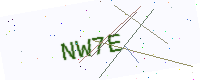
Text: NW7E